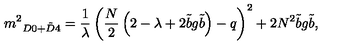
\displaystyle { m ^ { 2 } } _ { D 0 + \tilde { D } 4 } = \frac { 1 } { \lambda } \left( { \frac { N } { 2 } } \left( 2 - \lambda + 2 { \tilde { b } } g { \tilde { b } } \right) - q \right) ^ { 2 } + 2 N ^ { 2 } { \tilde { b } } g { \tilde { b } } ,